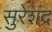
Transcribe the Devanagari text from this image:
सुरेशंद्र